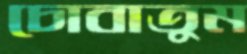
চোবাতুম